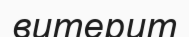
витерит